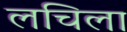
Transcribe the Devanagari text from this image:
लचिला